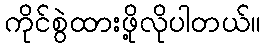
ကိုင်စွဲထားဖို့လိုပါတယ်။